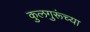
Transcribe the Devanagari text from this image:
कुलगुरूंच्या